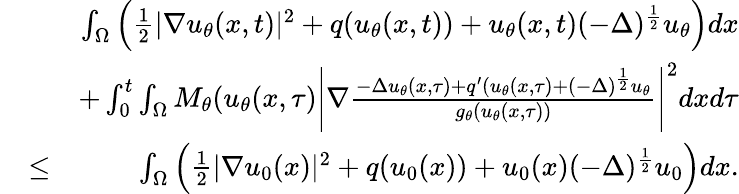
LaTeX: \begin{array}{rlr}&{}&{\int_{\Omega}\left(\frac{1}{2}|\nabla u_{\theta}(x,t)|^{2}+q(u_{\theta}(x,t))+u_{\theta}(x,t)(-\Delta)^{\frac{1}{2}}u_{\theta}\right)dx}\\ &{}&{+\int_{0}^{t}\int_{\Omega}M_{\theta}(u_{\theta}(x,\tau)\left|\nabla\frac{-\Delta u_{\theta}(x,\tau)+q^{\prime}(u_{\theta}(x,\tau)+(-\Delta)^{\frac{1}{2}}u_{\theta}}{g_{\theta}(u_{\theta}(x,\tau))}\right|^{2}dxd\tau}\\ &{\leq}&{\int_{\Omega}\left(\frac{1}{2}|\nabla u_{0}(x)|^{2}+q(u_{0}(x))+u_{0}(x)(-\Delta)^{\frac{1}{2}}u_{0}\right)dx.}\end{array}